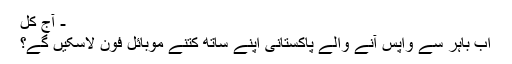
- آج کل
اب باہر سے واپس آنے والے پاکستانی اپنے ساتھ کتنے موبائل فون لاسکیں گے؟